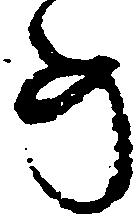
め